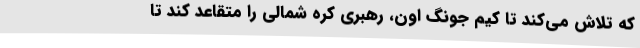
که تلاش می‌کند تا کیم جونگ اون، رهبری کره شمالی را متقاعد کند تا